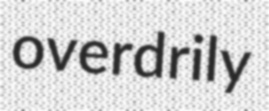
overdrily